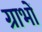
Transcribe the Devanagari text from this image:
ग्राभों